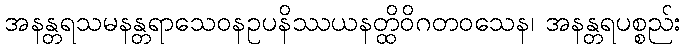
အနန္တရသမနန္တရာသေဝနဥပနိဿယနတ္ထိဝိဂတဝသေန၊ အနန္တရပစ္စည်း